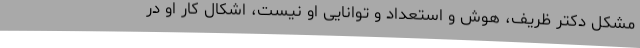
مشکل دکتر ظریف، هوش و استعداد و توانایی او نیست، اِشکال کار او در